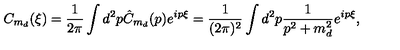
C _ { m _ { d } } ( \xi ) = \frac { 1 } { 2 \pi } \int d ^ { 2 } p \hat { C } _ { m _ { d } } ( p ) e ^ { i p \xi } = \frac { 1 } { ( 2 \pi ) ^ { 2 } } \int d ^ { 2 } p \frac { 1 } { p ^ { 2 } + m _ { d } ^ { 2 } } e ^ { i p \xi } ,